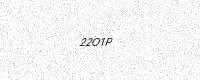
Text: 22O1P